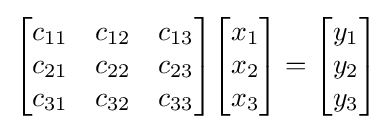
{\begin{bmatrix}c_{11}&c_{12}&c_{13}\\c_{21}&c_{22}&c_{23}\\c_{31}&c_{32}&c_{33}\end{bmatrix}}{\begin{bmatrix}x_{1}\\x_{2}\\x_{3}\end{bmatrix}}={\begin{bmatrix}y_{1}\\y_{2}\\y_{3}\end{bmatrix}}